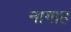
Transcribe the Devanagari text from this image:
नागाह